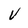
Character: v